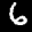
Label: 6